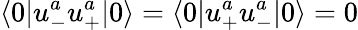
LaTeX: \langle 0|u_{-}^{a}u_{+}^{a}|0\rangle=\langle 0|u_{+}^{a}u_{-}^{a}|0\rangle=0